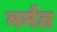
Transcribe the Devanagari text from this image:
मर्मत